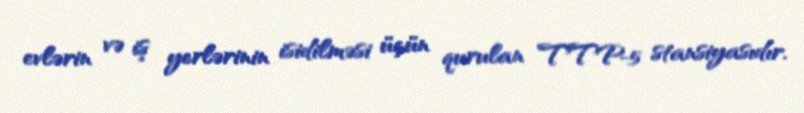
evlərin və iş yerlərinin isidilməsi üçün qurulan TTP-5 stansiyasıdır.